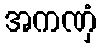
အကဏှံ